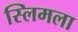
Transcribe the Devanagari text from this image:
स्लिमला